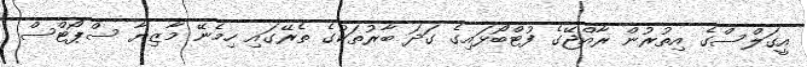
އީގަލްސްގެ އިތުރުން ރާއްޖޭގެ ފުޓްބޯޅައިގެ ގަދަ ބާރުތަކުގެ ތެރޭގައި ހިމެނޭ މާޒިޔާ ސްޕޯޓްސް